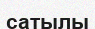
сатылы